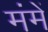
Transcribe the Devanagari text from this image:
मंमें